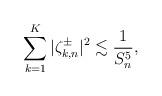
LaTeX: \begin{align*} \sum_{k=1}^K |\zeta_{k,n}^{\pm}|^2 \lesssim \frac 1{S_n^{5}},\end{align*}